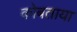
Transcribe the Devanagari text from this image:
कोबताया